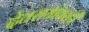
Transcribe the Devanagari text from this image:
देवरायांवरही